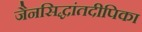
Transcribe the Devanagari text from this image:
जैनसिद्धांतदीपिका